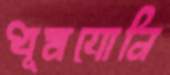
ধূমযোনি